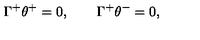
\Gamma ^ { + } \theta ^ { + } = 0 , \qquad \Gamma ^ { + } \theta ^ { - } = 0 ,